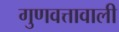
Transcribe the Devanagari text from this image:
गुणवत्तावाली